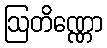
ဩတိဏ္ဏော